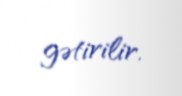
gətirilir.